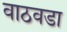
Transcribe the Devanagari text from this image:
वाठवडा